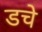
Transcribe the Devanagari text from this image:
डचे